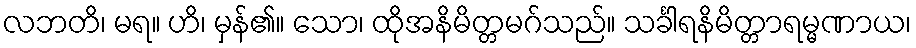
လဘတိ၊ မရ။ ဟိ၊ မှန်၏။ သော၊ ထိုအနိမိတ္တမဂ်သည်။ သင်္ခါရနိမိတ္တာရမ္မဏာယ၊